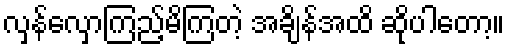
လှန်လှောကြည့်မိကြတဲ့ အချိန်အထိ ဆိုပါတော့။